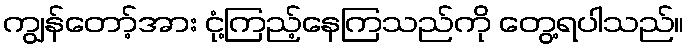
ကျွန်တော့်အား ငုံ့ကြည့်နေကြသည်ကို တွေ့ရပါသည်။